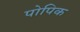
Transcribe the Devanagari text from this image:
पोपिक